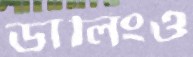
ডালিংও